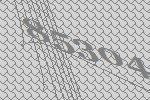
85304